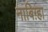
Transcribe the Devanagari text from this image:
नाबिग़्हा